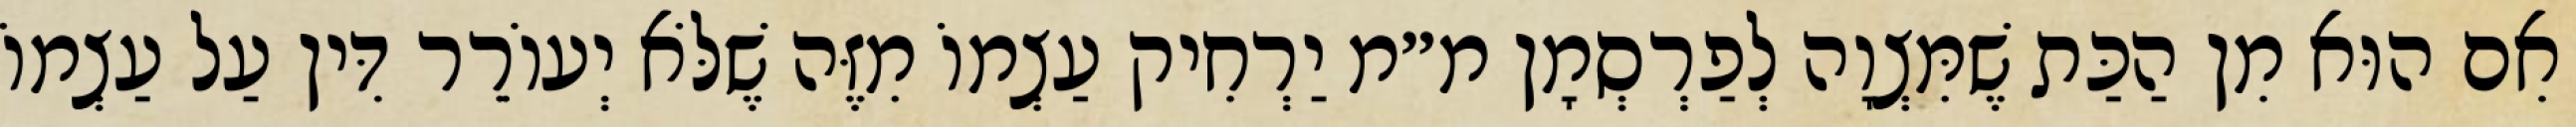
אִם הוּא מִן הַכַּת שֶׁמִּצְוָה לְפַרְסְמָן מ״מ יַרְחִיק עַצְמוֹ מִזֶּה שֶׁלֹּא יְעוֹרֵר דִּין עַל עַצְמוֹ